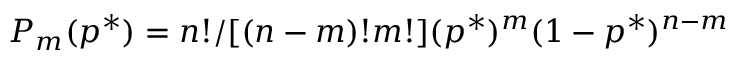
P _ { m } ( p ^ { * } ) = n ! / [ ( n - m ) ! m ! ] ( p ^ { * } ) ^ { m } ( 1 - p ^ { * } ) ^ { n - m }